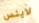
لاينس